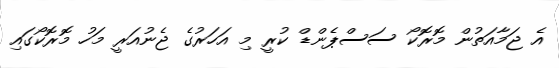
އެ ޖަމާއަތުން މޮރޮކޯ ސަސްޕެންޑް ކުރީ މި އަހަރުގެ ޖެނުއަރީ މަހު މޮރޮކޯގައި